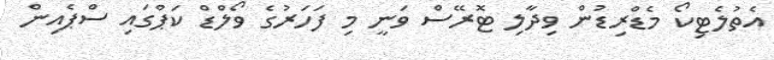
އެތުލެޓިކޯ މެޑްރިޑުން ވިދާލި ޓޮރޭސް ވަނީ މި ފަހަރުގެ ވޯލްޑް ކަޕްގައި ސްޕެއިން